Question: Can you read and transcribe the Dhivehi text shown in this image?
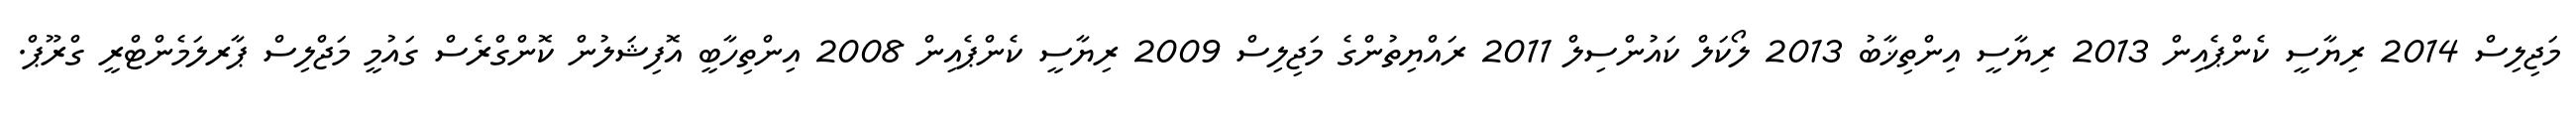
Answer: މަޖިލިސް 2014 ރިޔާސީ ކެންޕެއިން 2013 ރިޔާސީ އިންތިޚާބު 2013 ލޯކަލް ކައުންސިލް 2011 ރައްޔިތުންގެ މަޖިލިސް 2009 ރިޔާސީ ކެންޕެއިން 2008 އިންތިހާބީ އޮފިޝަލުން ކޮންގްރެސް ގައުމީ މަޖްލިސް ޕާރލަމެންޓްރީ ގްރޫޕް.